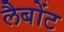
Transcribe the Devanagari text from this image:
लैबोंट